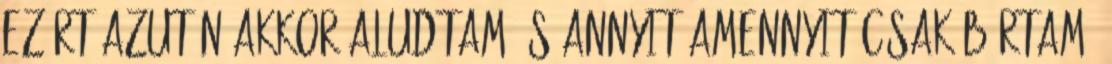
ezért azután akkor aludtam és annyit amennyit csak bírtam,